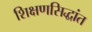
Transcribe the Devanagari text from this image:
शिक्षणसिद्धांत